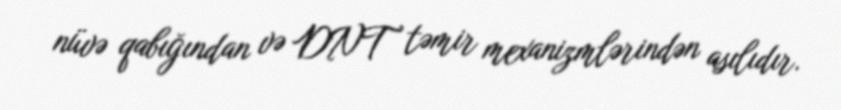
nüvə qabığından və DNT təmir mexanizmlərindən asılıdır.